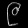
Digit: ၉